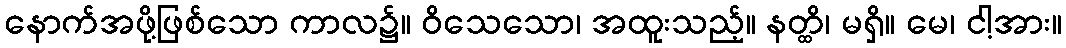
နောက်အဖို့ဖြစ်သော ကာလ၌။ ဝိသေသော၊ အထူးသည့်။ နတ္ထိ၊ မရှိ။ မေ၊ ငါ့အား။